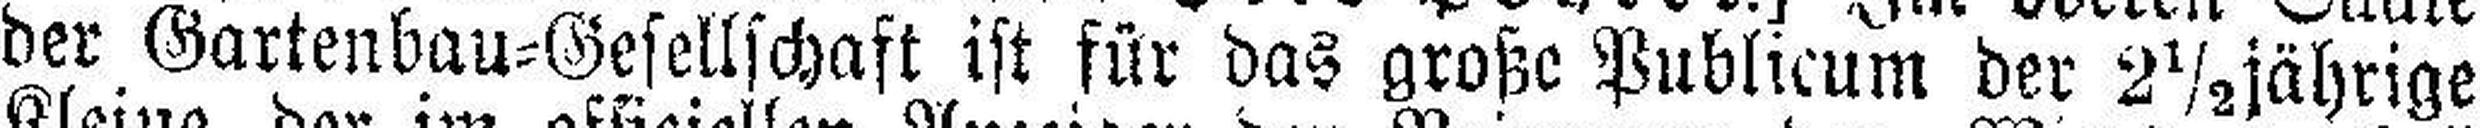
der Gartenbau=Gesellschaft ist für das große Publicum der 2½jährige